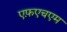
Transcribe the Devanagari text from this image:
एफ़एचएम